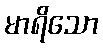
မာရိသော